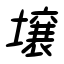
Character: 壌